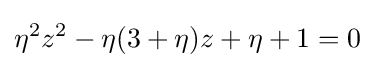
\eta ^{2}z^{2}-\eta (3+\eta )z+\eta +1=0